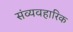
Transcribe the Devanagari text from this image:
संव्यवहारिक